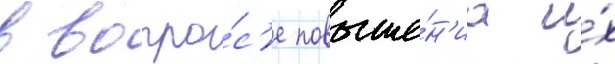
в вопро́с'е повыше́н'иа и́х